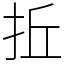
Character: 拞